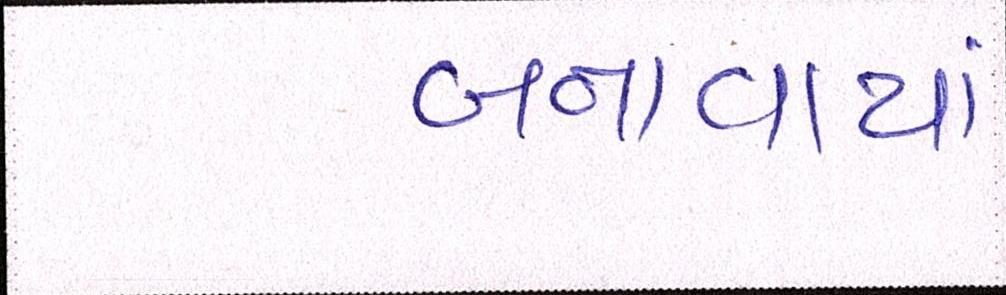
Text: બનાવાયાં